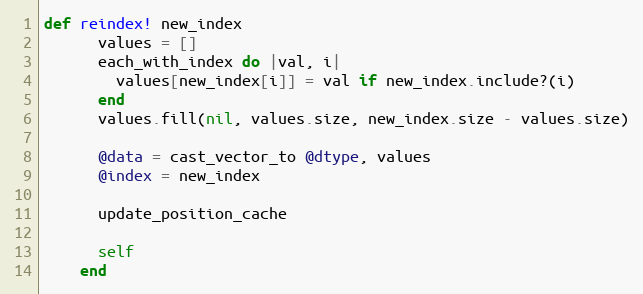
Language: Ruby
def reindex! new_index
      values = []
      each_with_index do |val, i|
        values[new_index[i]] = val if new_index.include?(i)
      end
      values.fill(nil, values.size, new_index.size - values.size)

      @data = cast_vector_to @dtype, values
      @index = new_index

      update_position_cache

      self
    end